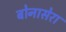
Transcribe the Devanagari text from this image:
बोनासेरा